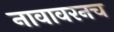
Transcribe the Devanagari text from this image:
नावावरनच